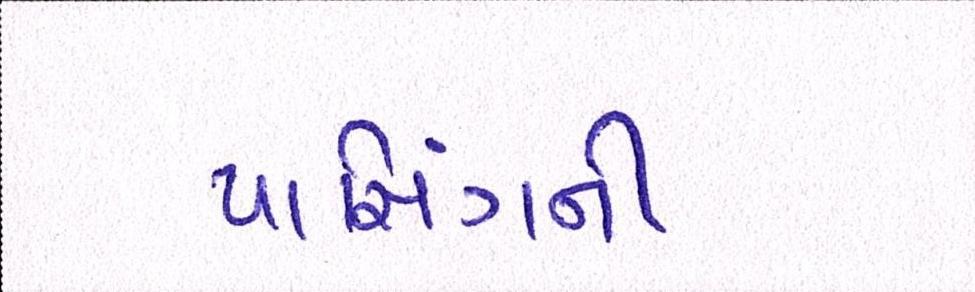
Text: પાસિંગની